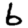
Digit: 6